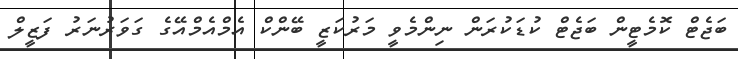
ބަޖެޓް ކޮމެޓީން ބަޖެޓް ކުޑަކުރަން ނިންމެވީ މަރުކަޒީ ބޭންކް އެމްއެމްއޭގެ ގަވަރުނަރު ފަޒީލް